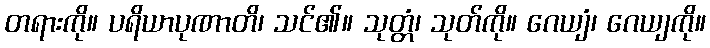
တရားကို။ ပရိယာပုဏာတိ၊ သင်၏။ သုတ္တံ၊ သုတ်ကို။ ဂေယျံ၊ ဂေယျကို။